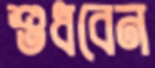
শুধবেন